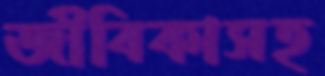
জীবিকাসহ